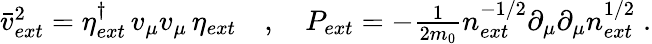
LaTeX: \begin{array}{r}{\bar{v}_{ext}^{2}=\eta_{ext}^{\dagger}\, v_{\mu}v_{\mu}\, \eta_{ext}\quad,\quad P_{ext}=-\frac{1}{2m_{0}}n_{ext}^{-1/2}\partial_{\mu}\partial_{\mu}n_{ext}^{1/2}\; .}\end{array}